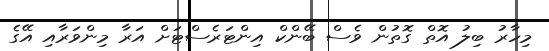
މިހާރު ބިލު އޮތް ގޮތުން ވެސް ބޭންކް އިންޓަރެސްޓަށް އަރާ މިންވަރާއި އޭގެ